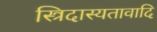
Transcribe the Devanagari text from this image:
स्त्रिदास्यतावादि